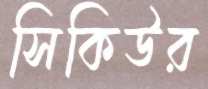
সিকিউর